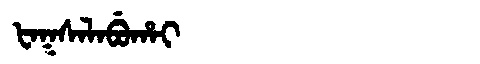
Manchu: ᡶᠠᡴᠰᠠᠯᠠᠪᡠᡥᠠᡳ
Romanization: FAKSALABUHAI